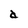
Character: d